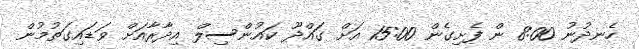
ހެނދުނު 8:00 ން ފެށިގެން 15:00 އަށް ގައްދޫ ކައުންސިލް އިދާރާއަށް ވަޑައިގަތުމުން